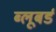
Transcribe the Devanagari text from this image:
ब्लूबर्ड